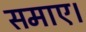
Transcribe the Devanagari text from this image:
समाए।